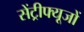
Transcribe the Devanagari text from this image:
सेंट्रीफ्यूजों